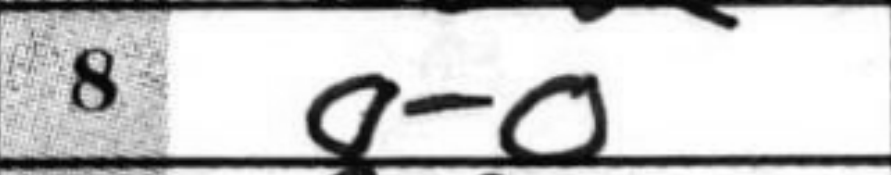
Transcription: O-O